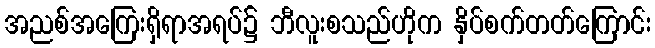
အညစ်အကြေးရှိရာအရပ်၌ ဘီလူးစသည်ဟိုက နှိပ်စက်တတ်ကြောင်း